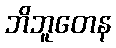
ဘိဘူတေန